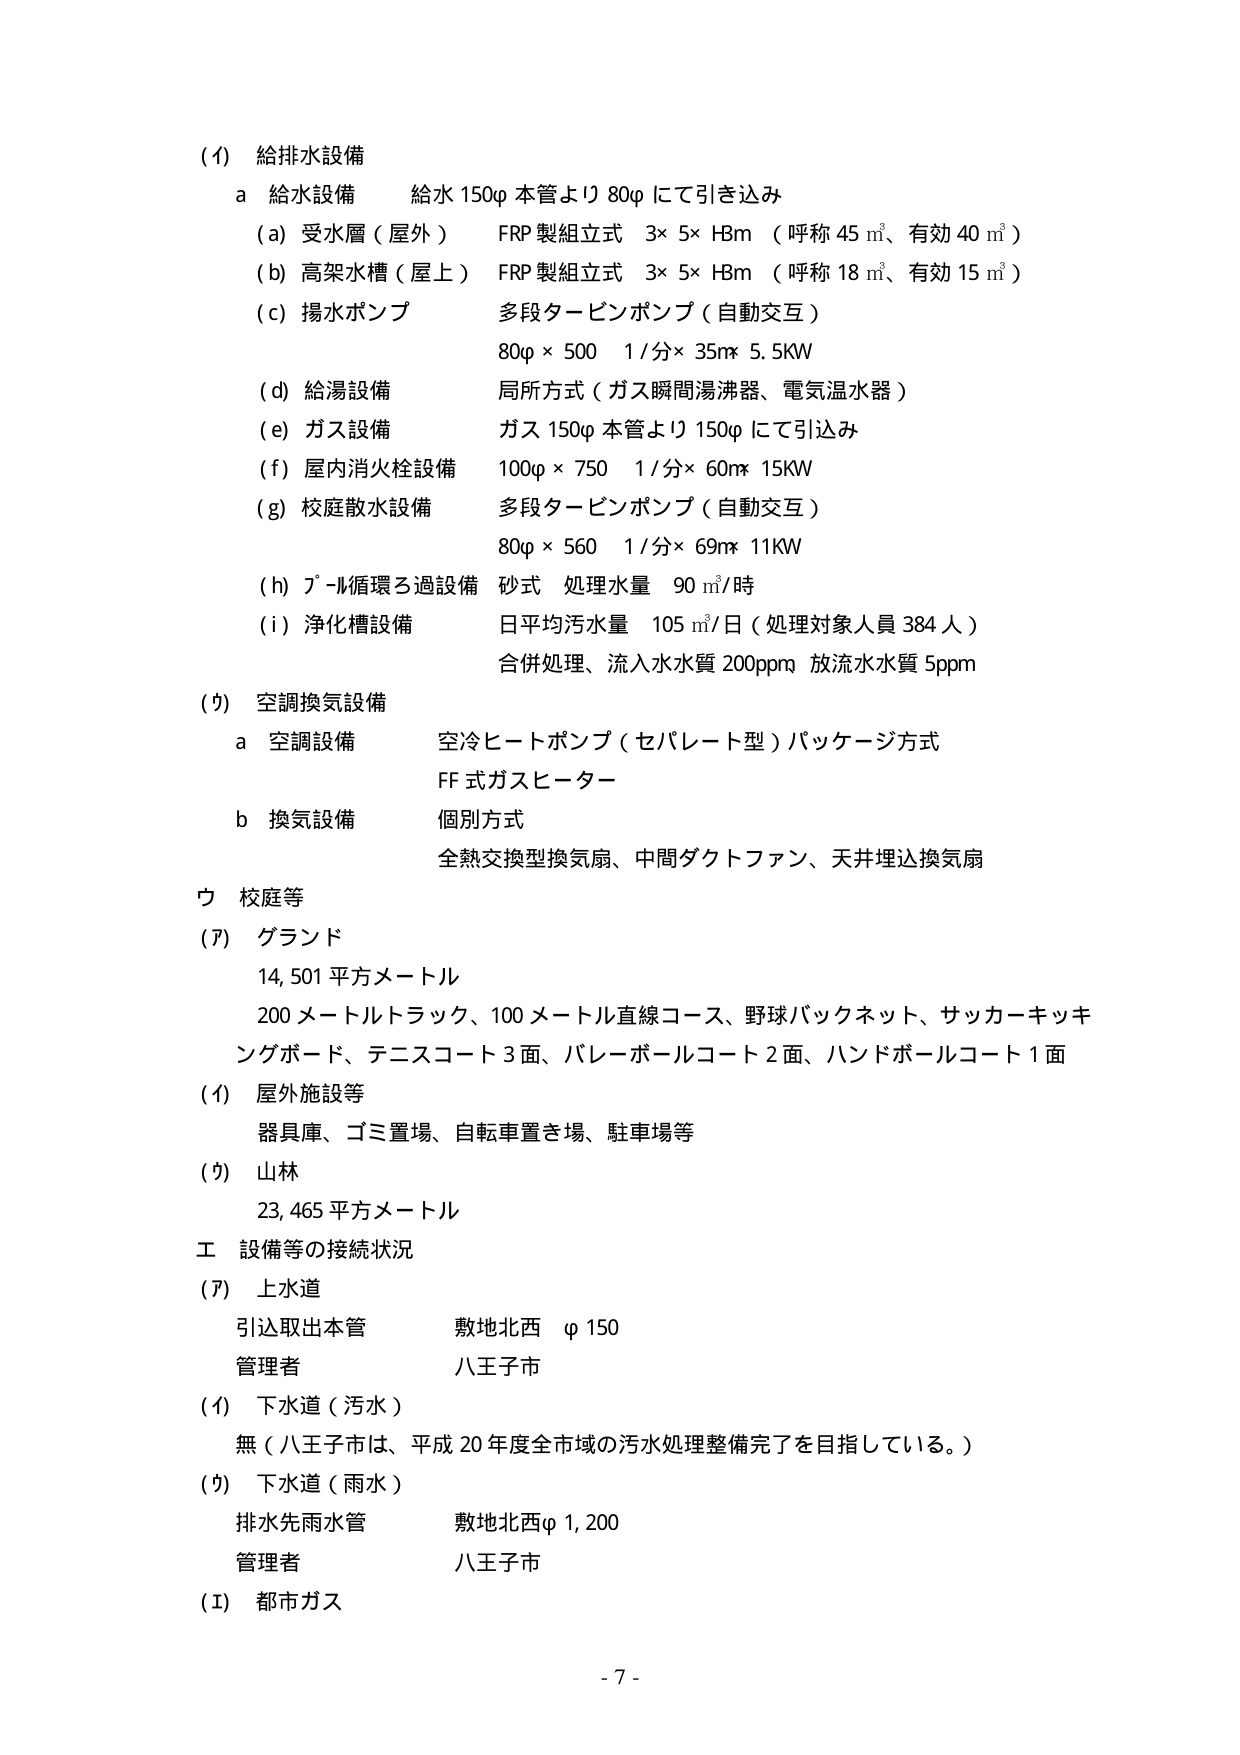
(1) 給排水設備
a 給水設備 給水 150φ 本管より 80φ にて引き込み
(a) 受水層（屋外） FRP製組立式 3×5×H8m （呼称 45 m³、有効 40 m³）
(b) 高架水槽（屋上） FRP製組立式 3×5×H8m （呼称 18 m³、有効 15 m³）
(c) 揚水ポンプ 多段タービンポンプ（自動交互）
80φ × 500 1/分×35m 5.5KW
(d) 給湯設備 局所方式（ガス瞬間湯沸器、電気温水器）
(e) ガス設備 ガス 150φ 本管より 150φ にて引込み
(f) 屋内消火栓設備 100φ × 750 1/分×60m 15KW
(g) 校庭散水設備 多段タービンポンプ（自動交互）
80φ × 560 1/分×69m 11KW
(h) プール循環ろ過設備 砂式 処理水量 90 m³/時
(i) 淨化槽設備 日平均汚水量 105 m³/日（処理対象人員 384 人）
合併処理、流入水水質 200ppm 放流水水質 5ppm

(2) 空調換気設備
a 空調設備 空冷ヒートポンプ（セパレート型）パッケージ方式
FF 式ガスヒーター
b 換気設備 個別方式
全熱交換型換気扇、中間ダクトファン、天井埋込換気扇

ウ 校庭等
(ア) グランド
14,501 平方メートル
200 メートルトラック、100 メートル直線コース、野球バックネット、サッカーキッキングボード、テニスコート 3 面、バレーボールコート 2 面、ハンドボールコート 1 面
(イ) 屋外施設等
器具庫、ゴミ置場、自転車置き場、駐車場等
(ウ) 山林
23,465 平方メートル

エ 設備等の接続状況
(ア) 上水道
引込取出本管 敷地北西 φ150
管理者 八王子市
(イ) 下水道（汚水）
無（八王子市は、平成 20 年度全市域の汚水処理整備完了を目指している。）
(ウ) 下水道（雨水）
排水先雨水管 敷地北西φ1,200
管理者 八王子市
(エ) 都市ガス

- 7 -